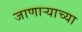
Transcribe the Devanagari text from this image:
जाणार्‍याच्या